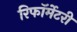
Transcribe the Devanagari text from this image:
रिफॉर्मेटरी